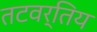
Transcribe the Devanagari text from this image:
तटवर्तिय